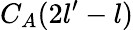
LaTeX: C_{A}(2l^{\prime}-l)